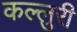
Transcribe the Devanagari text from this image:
कल्लुरी